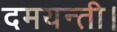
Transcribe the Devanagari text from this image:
दमयन्ती।